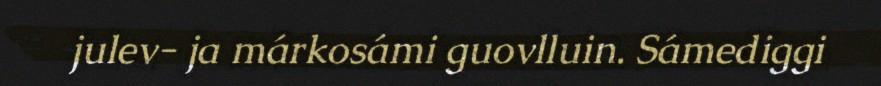
julev- ja márkosámi guovlluin. Sámediggi